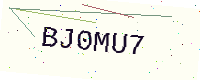
Text: BJ0MU7